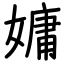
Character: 嫞